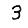
Digit: 3